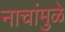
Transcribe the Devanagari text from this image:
नाचांमुळे